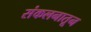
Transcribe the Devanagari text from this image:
संकलनातून